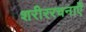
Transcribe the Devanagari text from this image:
शरीररचनाएँ